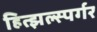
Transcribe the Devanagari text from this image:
हित्झल्स्पर्गर